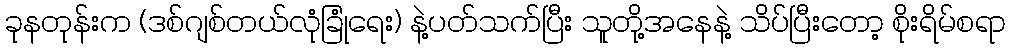
ခုနတုန်းက (ဒစ်ဂျစ်တယ်လုံခြုံရေး) နဲ့ပတ်သက်ပြီး သူတို့အနေနဲ့ သိပ်ပြီးတော့ စိုးရိမ်စရာ